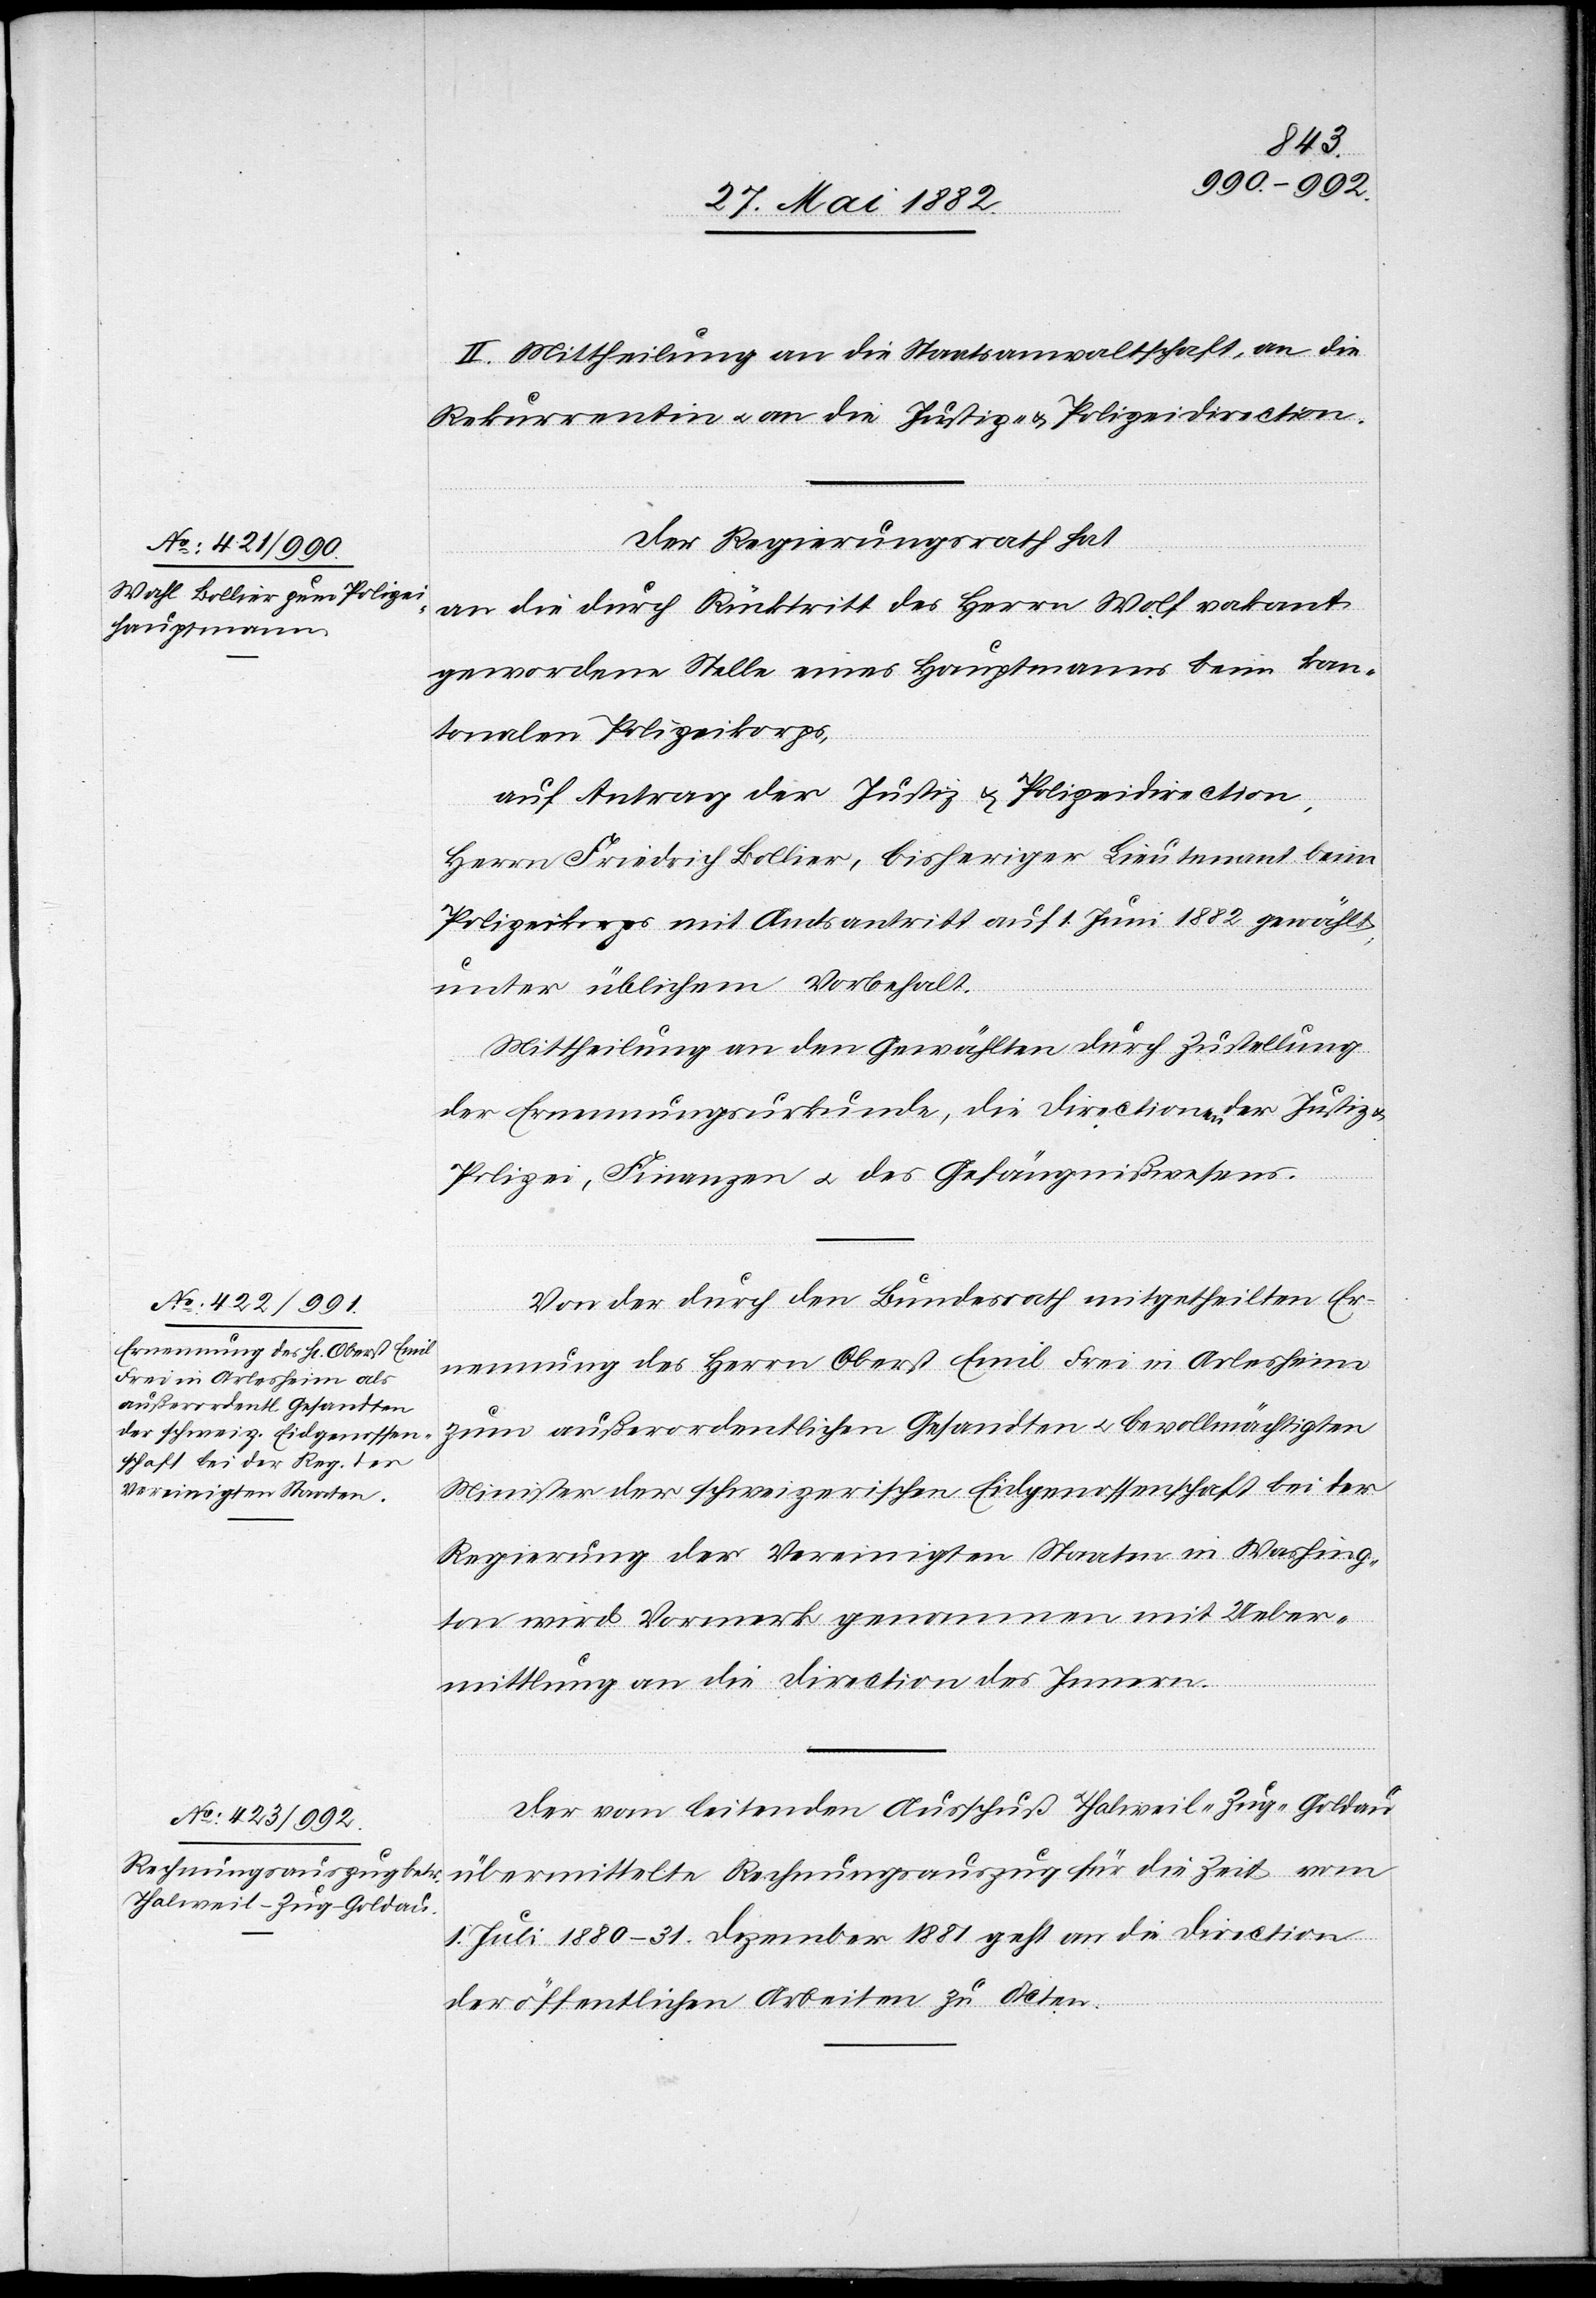
III. Mittheilung an die Staatsanwaltschaft, an die
Rekurrentin u. an die Justiz- & Polizeidirection.
Der Regierungsrath hat,
an die durch Rücktritt des Herrn Wolf vakant
gewordenen Stelle eines Hauptmanns beim kan¬
tonalen Polizeikorps,
auf Antrag der Justiz & Polizeidirection,
Herrn Friedrich Bollier, bisheriger Lieutenant beim
Polizeikorps mit Amtsantritt auf 1. Juni 1882 gewählt,
unter üblichem Vorbehalt.
Mittheilung an den Gewählten durch Zustellung
der Ernennungsurkunde, die Directionen der Justiz
Polizei, Finanzen u. des Gefängnißwesens.
Von der durch den Bundesrath mitgetheilten Er¬
nennung des Herrn Oberst Emil Frei in Arlesheim
zum außerordentlichen Gesandten u. Bevollmächtigten
Minister der schweizerischen Eidgenossenschaft bei der
Regierung der Vereinigten Staaten in Washing¬
ton wird Vormerk genommen mit Ueber¬
mittlung an die Direction des Innern.
Der vom leitenden Ausschuß Thalweil–Zug–Goldau
übermittelte Rechnungsauszug für die Zeit vom
1. Juli 1880–31. Dezember 1881 geht an die Direction
der öffentlichen Arbeiten zu Acten.